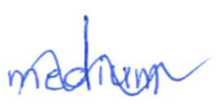
Text: medium
Cross-out: wave
Writing tool: ballpoint